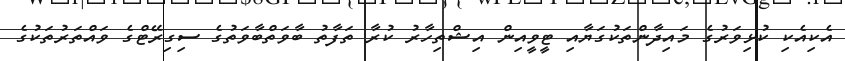
އެކިއެކި ކުޅިވަރުގެ މައިދާންތަކުގަޔާއި ޓީވީއިން އިޝްތިހާރު ކުރާ ތަފާތު ބާވަތްބާވަތުގެ ސިގިރޭޓްގެ ވައްތަރުތަކުގެ